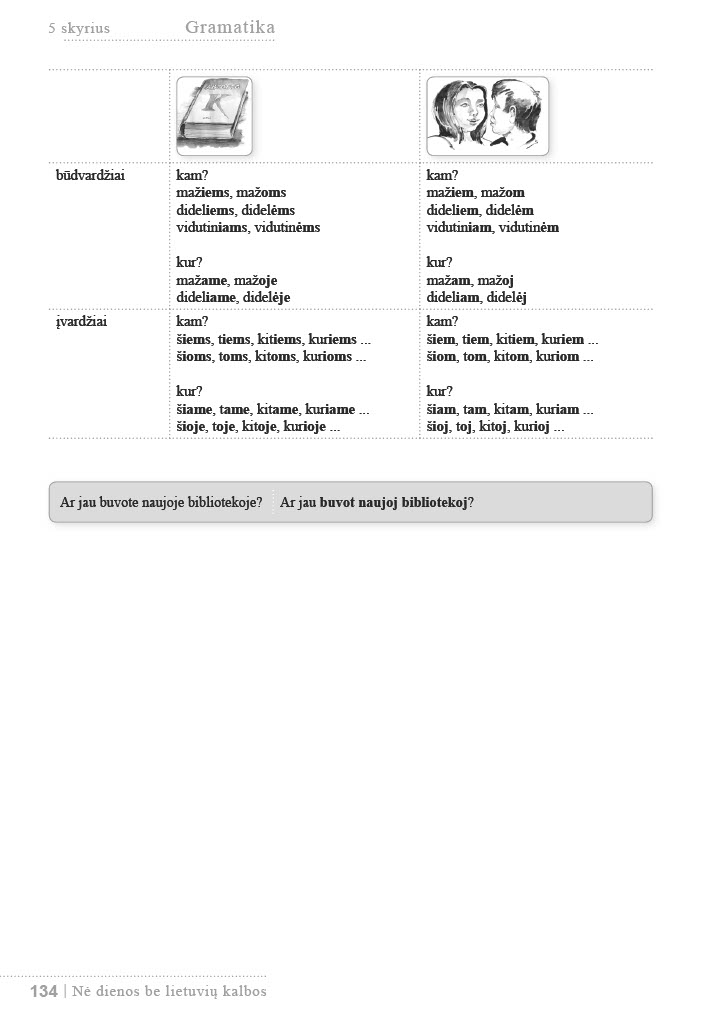
Language: lt